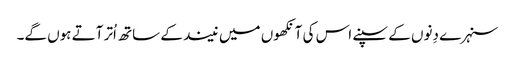
سنہرے دِنوں کے سپنے اس کی آنکھوں میں نیند کے ساتھ اُتر آتے ہوں گے۔